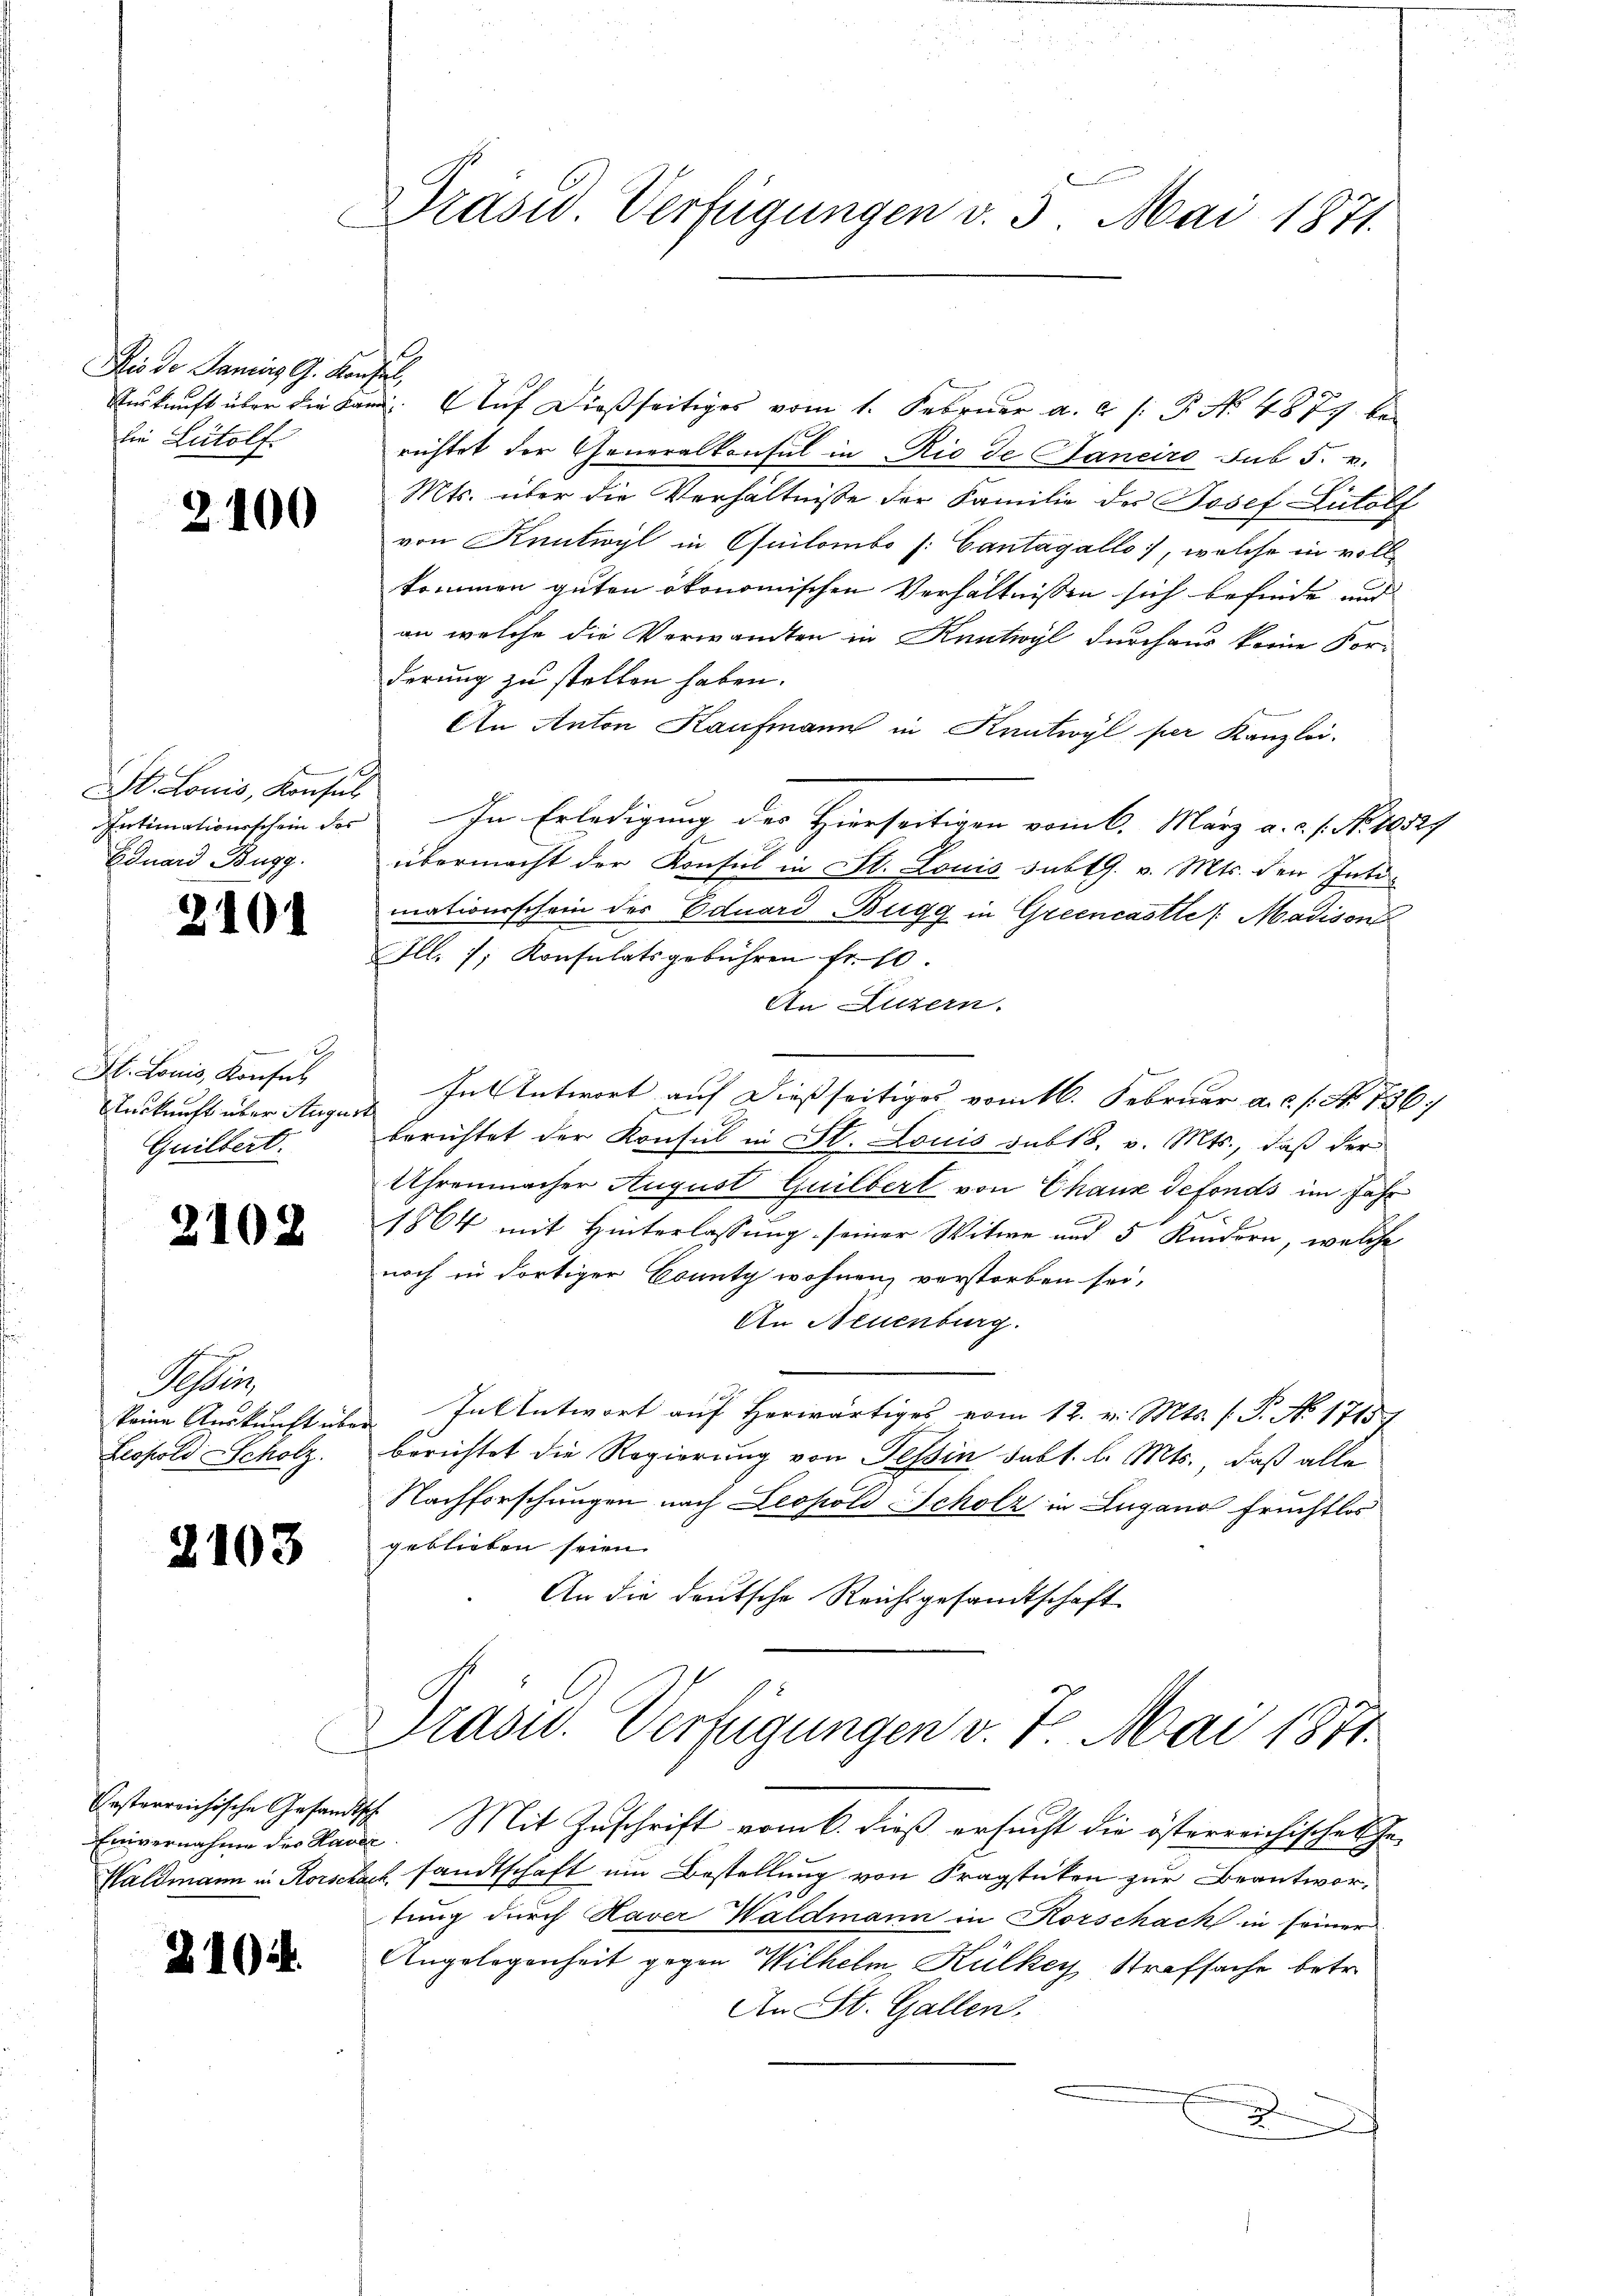
Dis der Saniers G. Konfiel,
die Leitolf.

2100

St. Louis, Konsul
Intimationsschein des
Eduard Bugg.

210

h
St. Louis, Konsul
Auskunft über Augus
Guilbert.

2102

Ahler
keine Auskunft über
Leopold Scholz.

2103

Einvernahme des Haver

2104.

Drasid. Verfügungen v. 3. Mai 1871.
C

A

Auskunft über die Land. Auf dießseitiges vom 1. Februar a.c. s. P. N. 4877 be
richtet der Generalkonsul in Rio de Janeiro sub 5. v.
Mts. über die Verhältnisse der Familie des Josef Lutolf
von Kuntwyl in Quilombo [: Cantagallo, welche in voll-
kommen guten ökonomischen Verhältnissen sich befinde und
an welche die Verwandten in Kuntwyl durchaus keine For-
derung zu stellen haben.
An Anton Kaufmann in Kantwyl per Kanzlei.
In Erledigung des Hierseitigen vom 6. März a. c. s. No 10529
1
übermacht der Konsul in St. Louis subth. v. Mts. den Intimationsschein des Eduard Bugg in Greencastle (Madison
Ill. 7, Konsulatsgebühren fr. 10.
An Luzern.
In Antwort auf dießseitiges vom 16. Februar a.c. s. No. 736.
s
berichtet der Konsul in St. Louis subt8. v. Mts., daß der
Uhrenmacher August Guilbert von Chaux defonds im Jahr
n
1864 mit Hinterlassung seiner Witwe und 5 Kindern, welche
noch in dortiger County wohnen, verstorben sei,
An Neuenburg.
1
Ententwort auf herwärtiges vom 12. v. Mts. (T. No 1715)
berichtet die Regierung von Tessin satt. l. Mts., daß alle
Nachforschungen nach Leopold Scholz in Lugano Fruchtlos
geblieben seien.
An die deutsche Reichsgesandtschaft

Präsid. Verfügungen v. 7. Mai 1871.

Oesterreichische Gesandtsch. Mit Zuschrift vom 6. dieß ersucht die österreichisches Ge¬
Waldmann in Rorschach sandtschaft um Bestellung von Fragstücken zur Beantwortung durch Kaver Waldmann in Korschack in seiner
Angelegenheit gegen Wilhelm, Külkey Strafsache betr.
An St. Gallen.
x